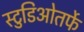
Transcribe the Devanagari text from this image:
स्टुडिओतर्फे